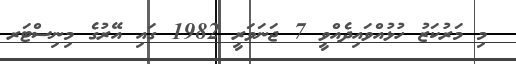
މި މަރުކަޒު ހުޅުއްވައިދެއްވީ 7 ޖަނަވަރީ 1982 ގައި އޭރުގެ މިނިސްޓަރ